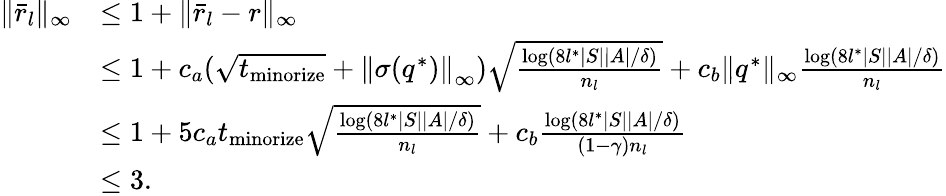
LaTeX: \begin{array}{rl}{\| \bar{r}_{l}\| _{\infty}}&{\leq 1+\| \bar{r}_{l}-r\| _{\infty}}\\ &{\leq 1+c_{a}(\sqrt{t_{\mathrm{minorize}}}+\left\| \sigma(q^{*})\right\| _{\infty})\sqrt{\frac{\log(8l^{*}|S||A|/\delta)}{n_{l}}}+c_{b}\| q^{*}\| _{\infty}\frac{\log(8l^{*}|S||A|/\delta)}{n_{l}}}\\ &{\leq 1+5c_{a}t_{\mathrm{minorize}}\sqrt{\frac{\log(8l^{*}|S||A|/\delta)}{n_{l}}}+c_{b}\frac{\log(8l^{*}|S||A|/\delta)}{(1-\gamma)n_{l}}}\\ &{\leq 3.}\end{array}